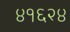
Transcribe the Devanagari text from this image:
४१६२४